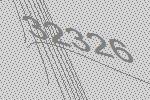
32326